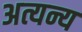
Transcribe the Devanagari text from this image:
अत्यन्य